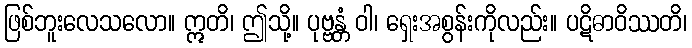
ဖြစ်ဘူးလေသလော။ ဣတိ၊ ဤသို့။ ပုဗ္ဗန္တံ ဝါ၊ ရှေးအစွန်းကိုလည်း။ ပဋိဓာဝိဿတိ၊